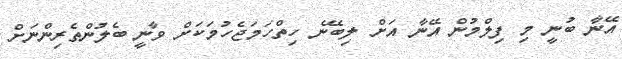
އޭނާ ބުނީ މި ފިލްމުން އޭނާ އަށް ލިބޭނެ ހިތްހަމަޖެހުމަކަށް ވާނީ ބެލުންތެރިންނަށް